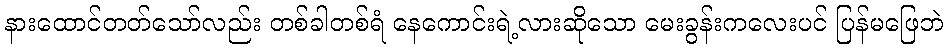
နားထောင်တတ်သော်လည်း တစ်ခါတစ်ရံ နေကောင်းရဲ့လားဆိုသော မေးခွန်းကလေးပင် ပြန်မဖြေဘဲ